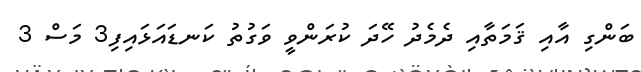
ބަންގި އާއި ޤަމަތާއި ދެމެދު ހޭދަ ކުރަންވީ ވަގުތު ކަނޑައަޅައިފި3 މަސް 3